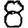
Digit: 8